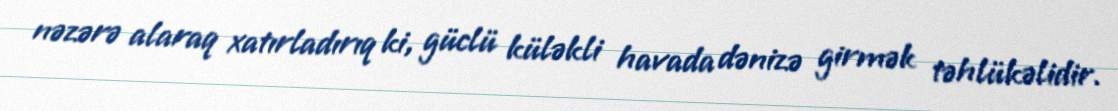
nəzərə alaraq xatırladırıq ki, güclü küləkli havada dənizə girmək təhlükəlidir.